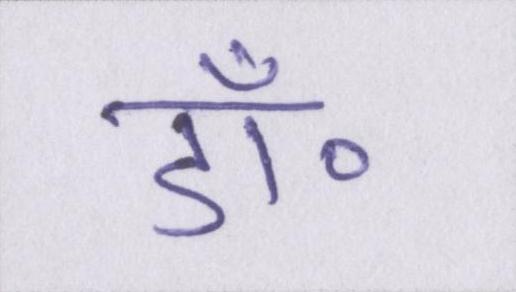
डॉ॰